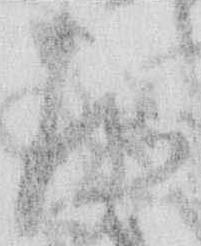
存